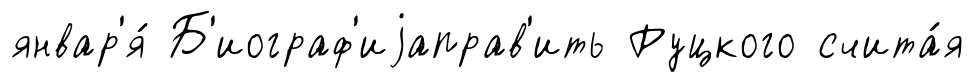
январ'я́ Б'иограф'иjаправ'ить Руцкого счита́я